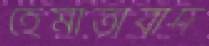
হেমাতাবাদ